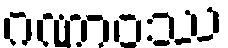
ဂဏာဝဿ